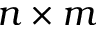
n \times m